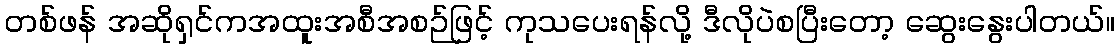
တစ်ဖန် အဆိုရှင်ကအထူးအစီအစဉ်ဖြင့် ကုသပေးရန်လို့ ဒီလိုပဲစပြီးတော့ ဆွေးနွေးပါတယ်။